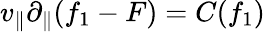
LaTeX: v_{\| }\partial_{\| }(f_{1}-F)=C(f_{1})